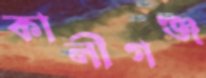
কালীগঞ্জ